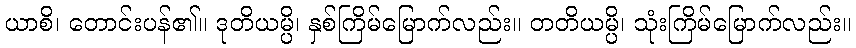
ယာစိ၊ တောင်းပန်၏။ ဒုတိယမ္ပိ၊ နှစ်ကြိမ်မြောက်လည်း။ တတိယမ္ပိ၊ သုံးကြိမ်မြောက်လည်း။